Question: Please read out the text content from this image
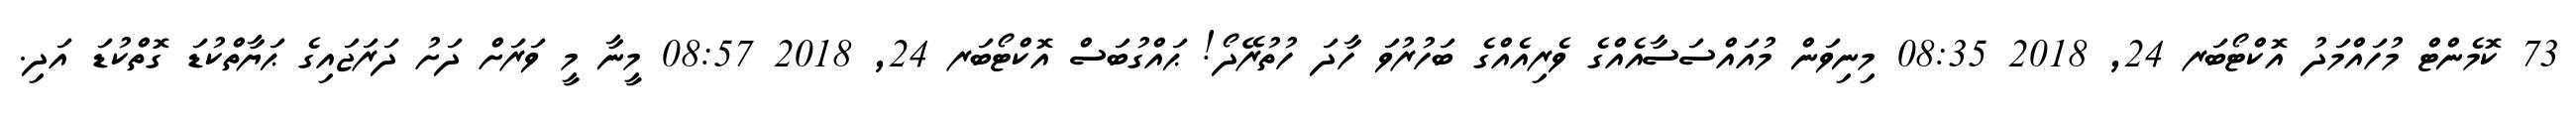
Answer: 73 ކޮމެންޓް މުހައްމަދު އޮކްޓޯބަރ 24, 2018 08:35 މިނިވަން މުއައްސަސާއެއްގެ ވެރިއެއްގެ ބަހުރުވަ ހާދަ ހުތުރޭދޯ! ޙައްގުބަސް އޮކްޓޯބަރ 24, 2018 08:57 މީނާ މީ ވަރަށް ދަށު ދަރަޖައިގެ ޙަޔާތްކުޑަ ގޮތްކުޑަ އަދި.